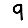
Digit: 9